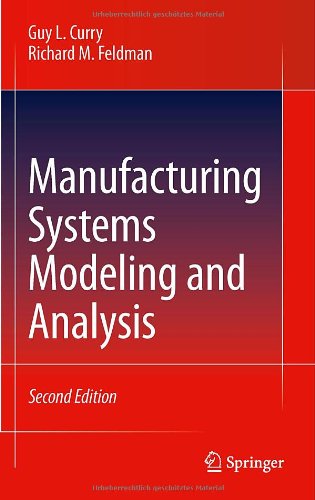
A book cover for Manufacturing Systems Modeling and Analysis; Guy L. Curry; Computers & Technology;